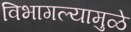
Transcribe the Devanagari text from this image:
विभागल्यामुळे